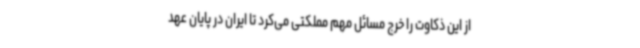
از این ذکاوت را خرج مسائل مهم مملکتی می‌کرد تا ایران در پایان عهد